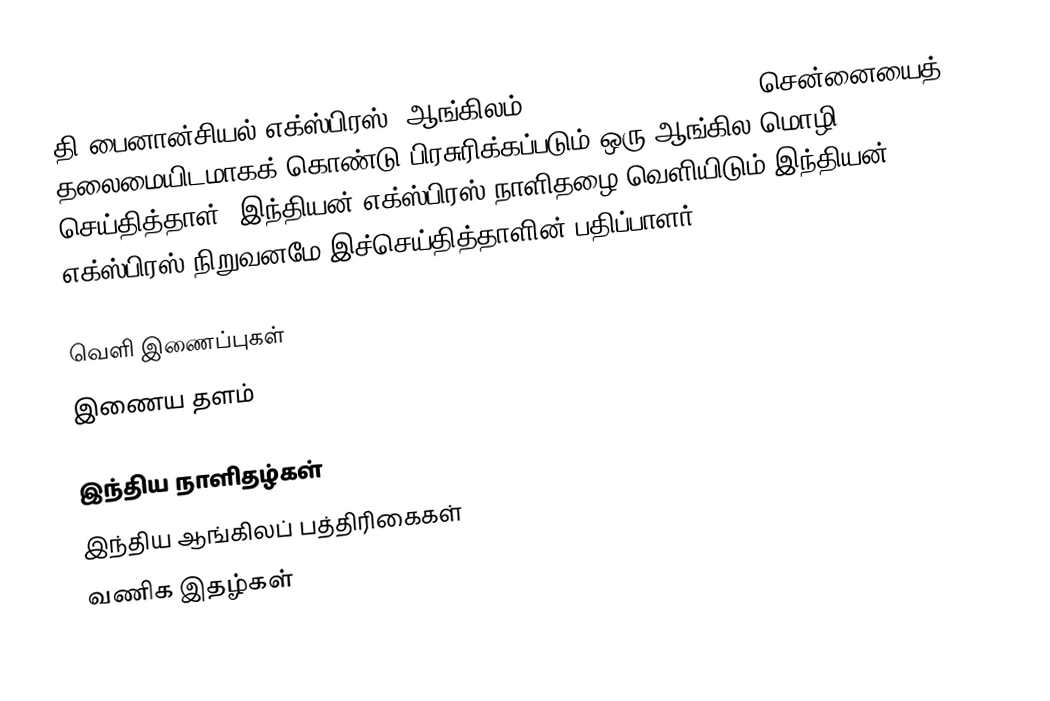
தி பைனான்சியல் எக்ஸ்பிரஸ் (ஆங்கிலம்:The Financial Express) சென்னையைத் தலைமையிடமாகக் கொண்டு பிரசுரிக்கப்படும் ஒரு ஆங்கில மொழி செய்தித்தாள். இந்தியன் எக்ஸ்பிரஸ் நாளிதழை வெளியிடும் இந்தியன் எக்ஸ்பிரஸ் நிறுவனமே இச்செய்தித்தாளின் பதிப்பாளர்.

வெளி இணைப்புகள்
   இணைய தளம்

இந்திய நாளிதழ்கள்
இந்திய ஆங்கிலப் பத்திரிகைகள்
வணிக இதழ்கள்